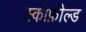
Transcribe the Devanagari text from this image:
स्कोफ़ील्ड